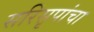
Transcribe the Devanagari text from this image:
सरिसृपांचा